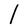
Character: l